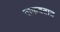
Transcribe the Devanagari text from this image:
वाफवतात